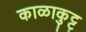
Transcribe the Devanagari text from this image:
काळाकुट्ट